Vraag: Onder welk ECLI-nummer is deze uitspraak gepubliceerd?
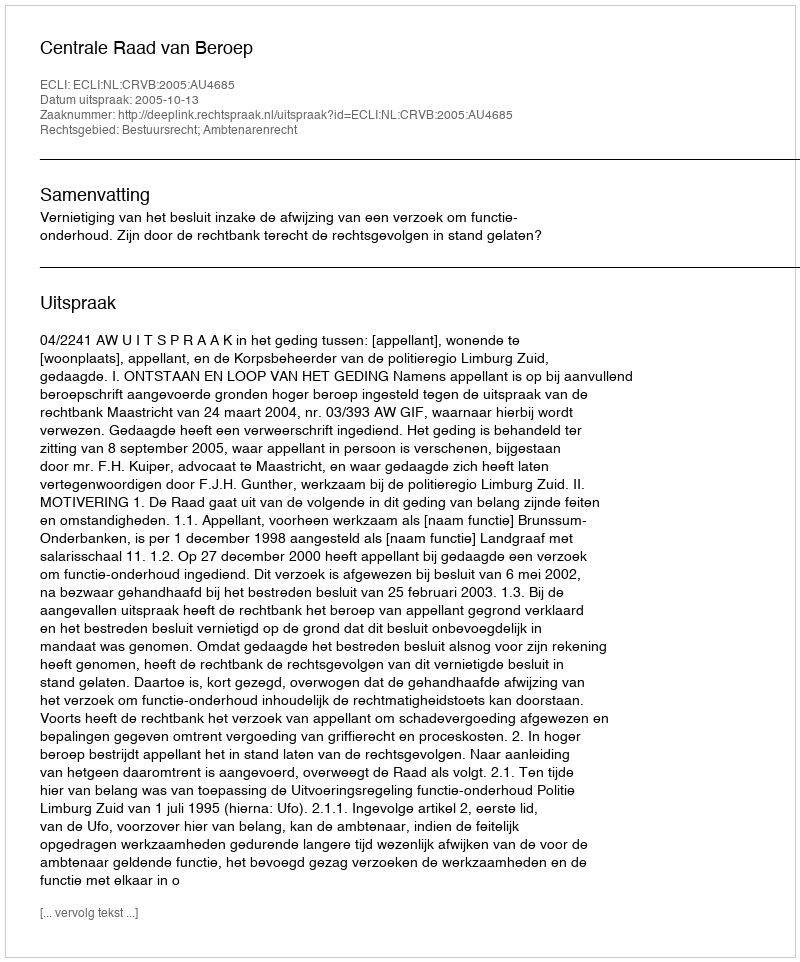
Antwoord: ECLI:NL:CRVB:2005:AU4685